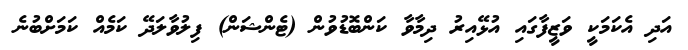
އަދި އެކަމަކީ ވަޒީފާގައި އުޅޭއިރު ދިމާވާ ކަންބޮޑުވުން (ޓެންޝަން) ފިލުވާލަދޭ ކަމެއް ކަމަށްބުނެ